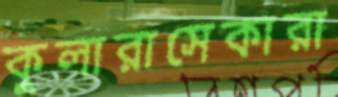
কুলারাসেকারা